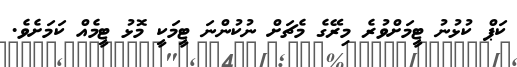
ކަޕް ކުޅުނު ޓީމަށްވުރެ މިރޭގެ މެޗަށް ނުކުންނަ ޓީމަކީ މޮޅު ޓީމެއް ކަމަށެވެ.